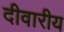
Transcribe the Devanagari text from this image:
दीवारीय